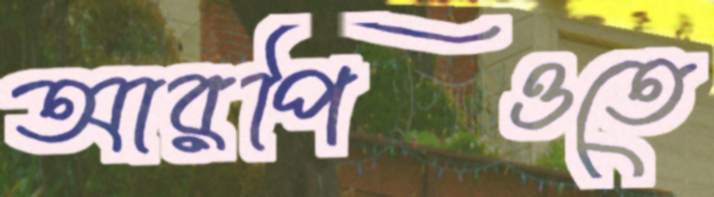
আরপিওতে